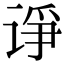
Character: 诤